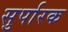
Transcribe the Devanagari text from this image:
सुर्पारक